Annual administration report of the Civil Veterinary Department of India - 1893-1894
Year: 1893
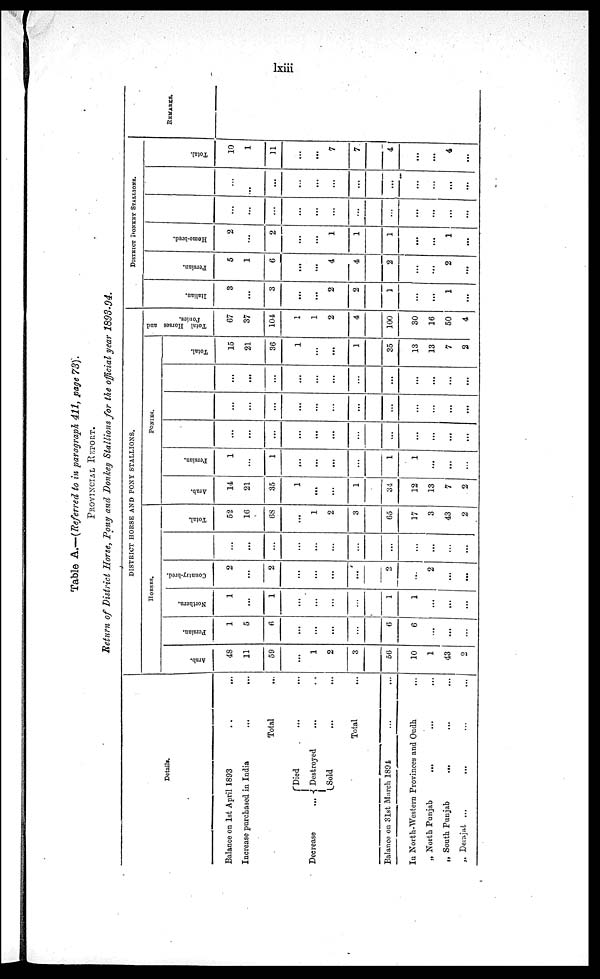
lxiii
Table A.—(Referred to in paragraph 411, page 73).
PROVINCIAL REPORT.
Return of District Horse, Pony and Donkey Stallions for the official year 1893-94.
Details.
Balance on 1st April 1893 . . . ...
Increase purchased in India ... ...
Total ...
Decrease
...
Died
...
...
Destroyed ... ...
Sold ... ...
Total ...
Balance on 31st March 1894 ... ...
In North-Western Provinces and Oudh ...
„ North Punjab
...
...
...
„ South Punjab
...
...
...
„ Derajat
... ... ... ...
DISTRICT HORSE AND PONY STALLIONS.
HORSES.
Arab.
48
11
59
...
1
2
3
56
10
1
43
2
Persian.
1
5
6
...
...
...
...
6
6
...
...
...
Northern.
1
...
1
...
...
...
...
1
1
...
...
...
Country-bred.
2
...
2
...
...
...
...
2
...
2
...
...
...
...
...
...
...
...
...
...
...
...
...
Total.
52
16
68
...
1
2
3
65
17
3
43
2
PONIES.
Arab.
14
21
35
1
...
...
1
34
12
13
7
2
Per s i
an.
1
...
1
...
...
...
...
1
1
...
...
...
...
...
...
...
...
...
...
...
...
...
...
...
...
...
...
...
...
...
...
...
...
...
...
...
...
...
...
...
...
...
...
...
...
...
Tot al .
15
21
36
1
...
...
1
35
13
13
7
2
Total Horses and
Ponies.
67
37
104
1
1
2
4
100
30
16
50
4
DISTRICT DONKEY STALLIONS.
I t al i an.
3
...
3
...
...
2
2
1
...
...
1
...
Per s i
an.
5
1
6
...
...
4
4
2
...
...
2
...
Home -
br e d.
2
...
2
...
...
1
1
1
.....
...
1
...
...
...
...
...
...
...
...
...
...
...
...
...
...
...
...
...
...
...
...
...
...
...
...
...
Tot al .
10
1
11
...
...
7
7
4
...
...
4
...
REMARKS.